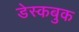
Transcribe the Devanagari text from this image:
डेस्कबुक